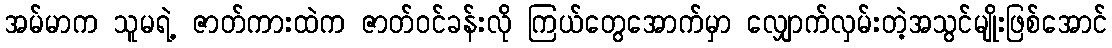
အမ်မာက သူမရဲ့ ဇာတ်ကားထဲက ဇာတ်ဝင်ခန်းလို ကြယ်တွေအောက်မှာ လျှောက်လှမ်းတဲ့အသွင်မျိုးဖြစ်အောင်